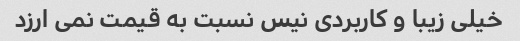
خیلی زیبا و کاربردی نیس نسبت به قیمت نمی ارزد